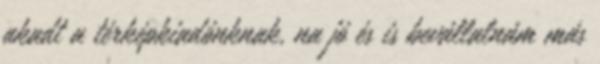
akadt a térképkiadónknak, na jó és is bevállalnám más